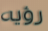
رؤيه